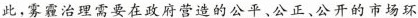
此，雾霾治理需要在政府营造的公平、公正、公开的市场环